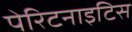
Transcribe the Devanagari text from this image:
पेरिटनाइटिस